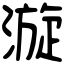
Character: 漩